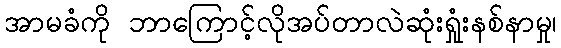
အာမခံကို ဘာကြောင့်လိုအပ်တာလဲဆုံးရှုံးနစ်နာမှု၊